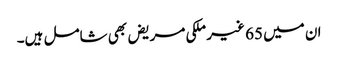
ان میں 65 غیر ملکی مریض بھی شامل ہیں۔